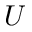
U